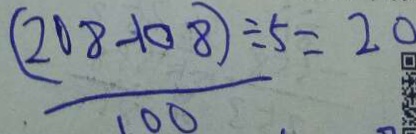
\frac { ( 2 0 8 - 1 0 8 ) \div 5 } { 1 0 0 } = 2 0